65_HS1-834228961_62-HQ-83894_Section_1
Agency: FBI
Page 49
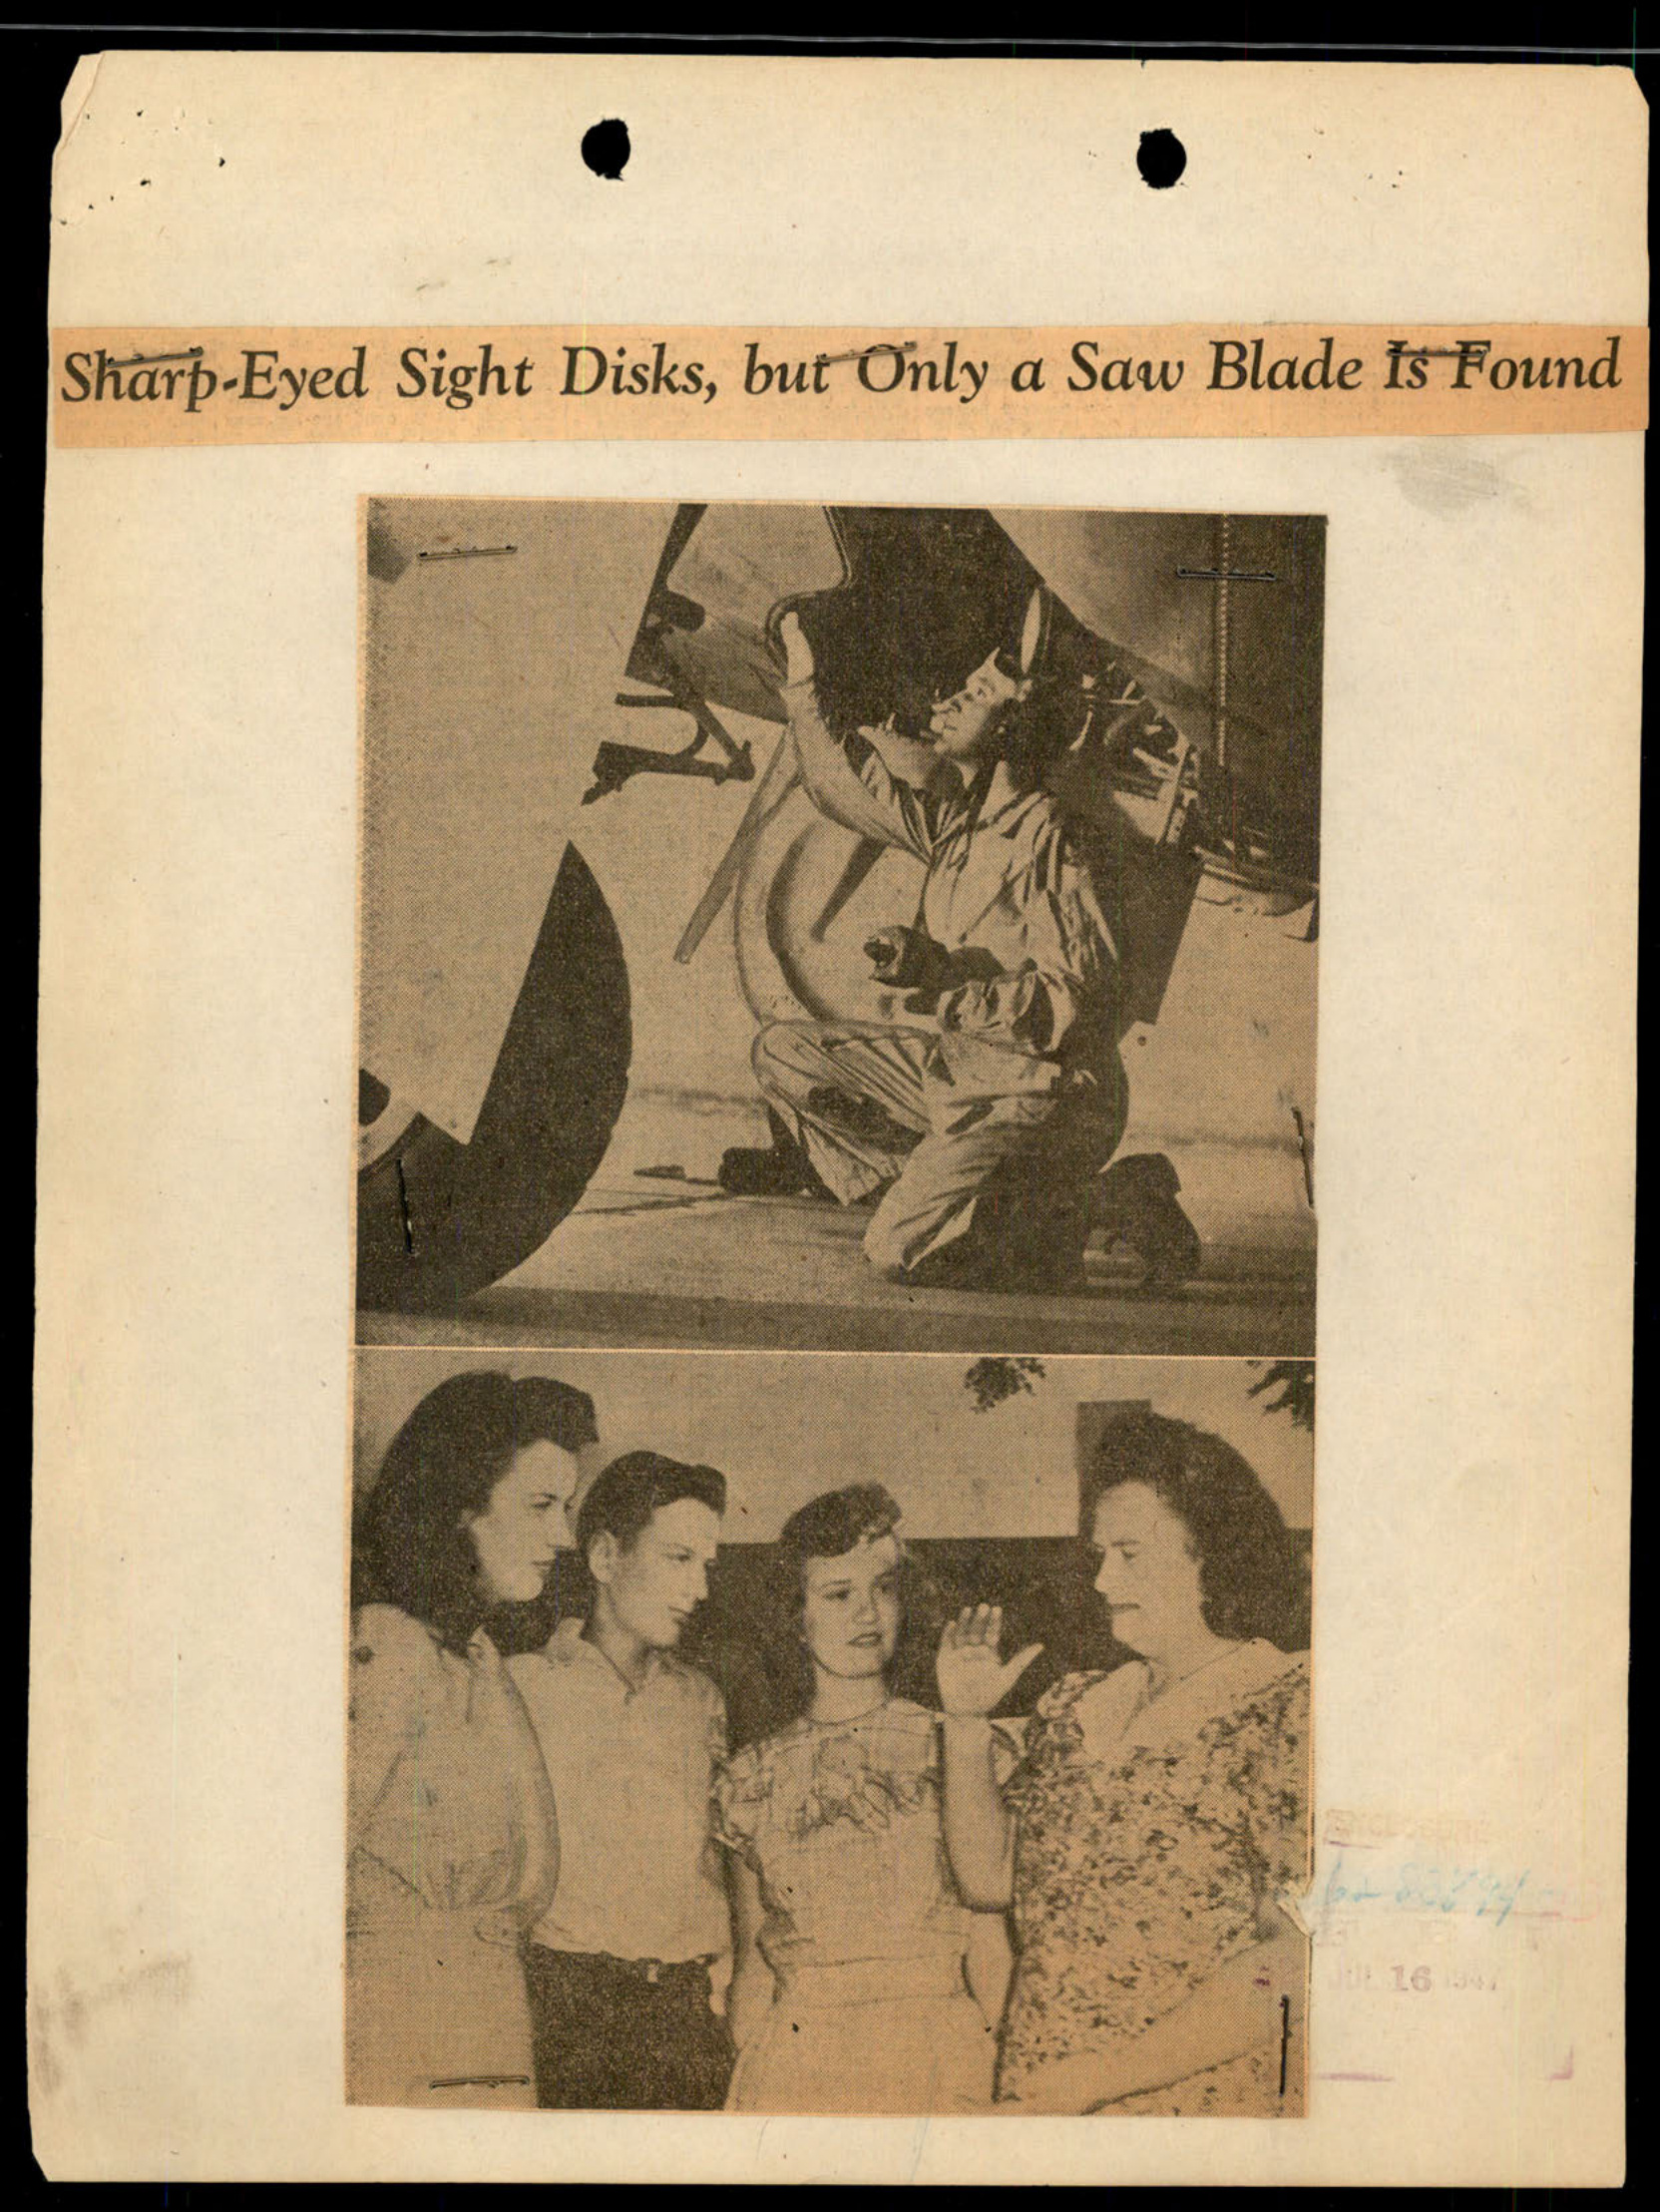